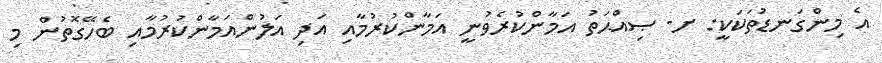
އެ މިންގަނޑުތަކަކީ: ށ- ޞިއްޙަތު އަމާންކުރެވުނީ އަމާންކުރުމާއި އަދި އަލުންއަމާންކުރުމާއި ބެހޭގޮތުން މި